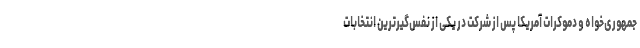
جمهوری‌خواه و دموکرات آمریکا پس از شرکت در یکی از نفس‌گیرترین انتخابات